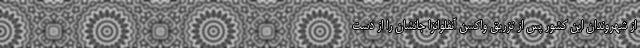
از شهروندان این کشور پس از تزریق واکسن آنفلوانزا جانشان را از دست